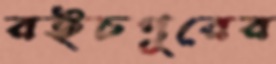
রইচপুরের